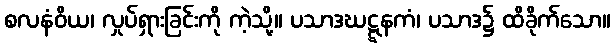
စလနံဝိယ၊ လှုပ်ရှားခြင်းကို ကဲ့သို့။ ပသာဒဃဋ္ဋနကံ၊ ပသာဒ၌ ထိခိုက်သော။